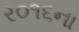
ર૦૧૬ના